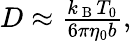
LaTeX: \begin{array}{r}{D\approx\frac{k_{\mathrm{~B~}}T_{0}}{6\pi\eta_{0}b},}\end{array}